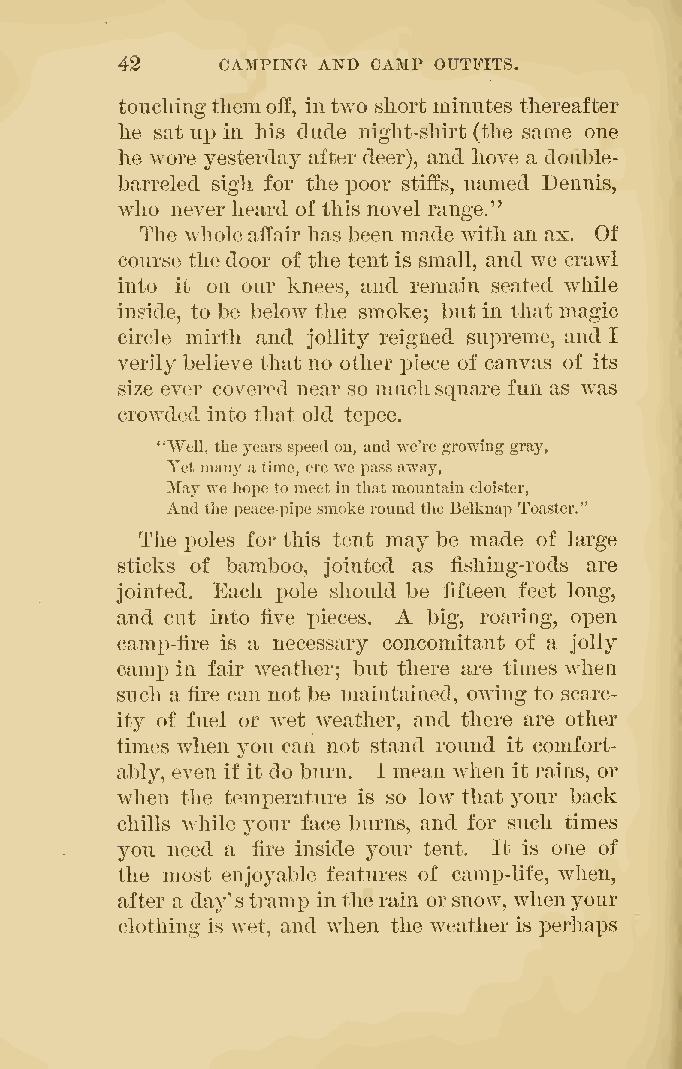
42    CAMPIIS^G A]VD CAMP OUTFITS.
 touchingtliemoff, intwo short minutes thereafter
 he sat up in his dude night-shirt (tlie same one
 he wore yesterday after deer), and hove a double-
 barreled sigh for the poor stiffs, named Dennis,
 who never heard of this novel range."
 The Avholeaffair has been made with an ax. Of
 course the door of the tent is small, and we crawl
 into it on our knees, and remain seated wdiile
 inside, to be below the smoke; but in that magic
 circle mirth and jollity reigned supreme, and I
 verily believe that no other j^iece of canvas of its
 size ever covered near so muchsquare fun as w^as
 crovfded into that old tepee.
 "Well, theyearsspeed on, andwe'regrowinggray,
 Yetmany atime, erewe passaway.
 May weliope tomeetinthatmountain cloister,
 Andthepeace-pipe smokeround the Belknap Toaster."
 The poles for this tent may be made of large
 sticks of bamboo, jointed as fishing-rods are
 jointed. Each pole should be fifteen feet long,
 A
 and cut into ^ve pieces. big, roaring, ox^en
 camp-fire is a necessary concomitant of a jolly
 camp in fair weather; but there are times when
 such a fire can not be maintained, owing to scarc-
 ity of fuel or wet weather, and there are other
 times when you can not stand round it comfort-
 ably, even if it do burn. I mean when it rains, or
 when the temperature is so low that your back
 chills while your face burns, and for such times
 you need a fire inside your tent. It is one of
 the most enjoyable features of camp-life, when,
 after a day'stramp inthe rain orsnow, whenyour
 clothing is wet, and when the weather is perhaps